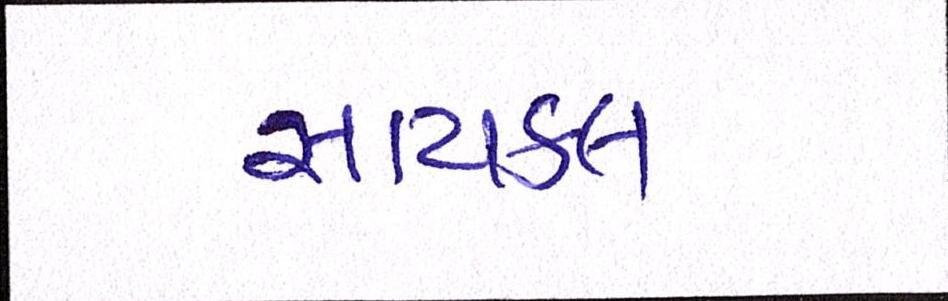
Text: સાયકલ